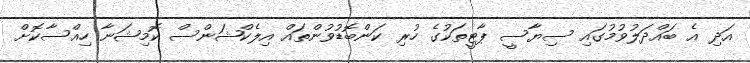
އަދި އެ ބައްދަލުވުމުގައި ސިޔާސީ ޕާޓީތަކުގެ ހުރި ކަންބޮޑުވުންތައް އިލެކްޝަންސް ކޮމިޝަނާ ހިއްސާކޮށް